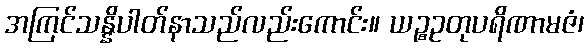
အကြင်သန္နိပါတ်နာသည်လည်းကောင်း။ ယဉ္စဥတုပရိဏာမဇံ၊